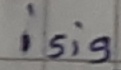
Text: isig